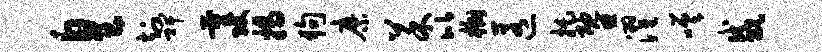
皇知裨量攻揭狗縻菜比槲匿托暨濯嗟咸